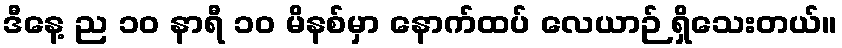
ဒီနေ့ ည ၁၀ နာရီ ၁၀ မိနစ်မှာ နောက်ထပ် လေယာဉ် ရှိသေးတယ်။